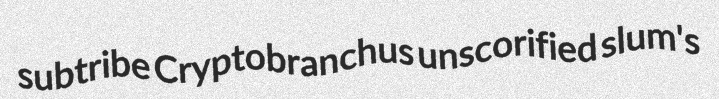
subtribe Cryptobranchus unscorified slum's